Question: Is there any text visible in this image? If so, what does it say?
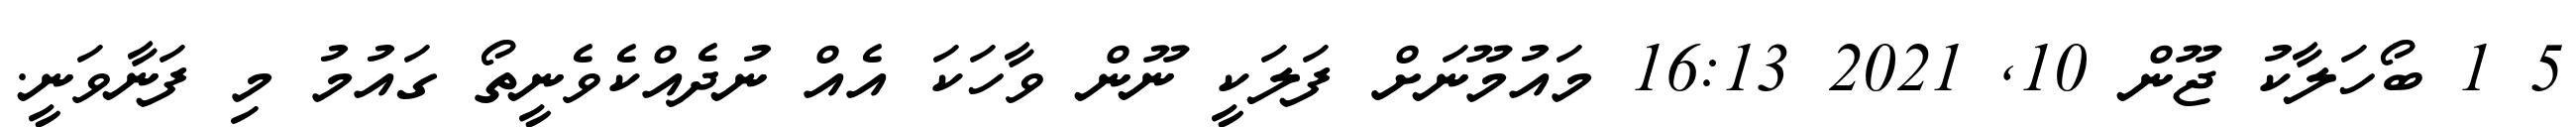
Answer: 5 1 ބޯހަލާކު ޖޫން 10, 2021 16:13 މައުމޫނަށް ފަލަކީ ނޫން ވާހަކަ އެއް ނުދެއްކެވެނީތޯ ގައުމު މި ފަނާވަނީ.